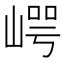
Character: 崿